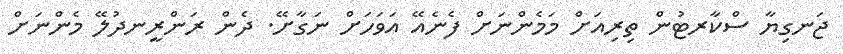
ޖަނގިޔާ ސްކާރޓުން ތިރިއަށް މަމެންނަށް ފެނެއޭ އަވަހަށް ނަގާށޭ. ދެން ރަންރީނދުލޭ މެންނަށް